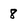
Character: 8